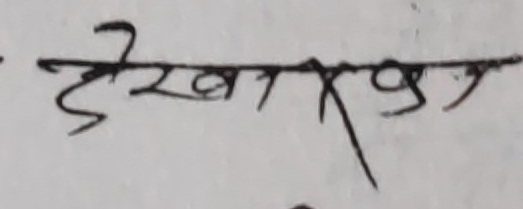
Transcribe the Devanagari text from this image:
देखप्रश